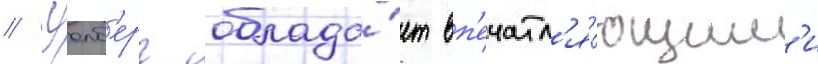
// Уолб'ерг облада́ет вп'ечатл'я́ющим'и